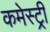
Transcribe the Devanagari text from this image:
कमेस्ट्री